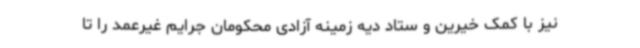
نیز با کمک خیرین و ستاد دیه زمینه آزادی محکومان جرایم غیرعمد را تا